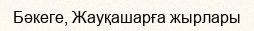
Бәкеге, Жауқашарға жырлары